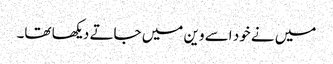
میں نے خود اسے وین میں جاتے دیکھا تھا۔